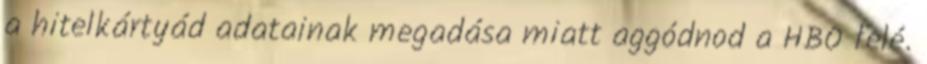
a hitelkártyád adatainak megadása miatt aggódnod a HBO felé.